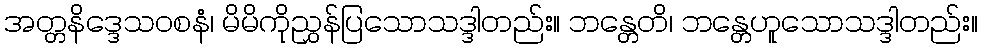
အတ္တနိဒ္ဒေသဝစနံ၊ မိမိကိုညွှန်ပြသောသဒ္ဒါတည်း။ ဘန္တေတိ၊ ဘန္တေဟူသောသဒ္ဒါတည်း။